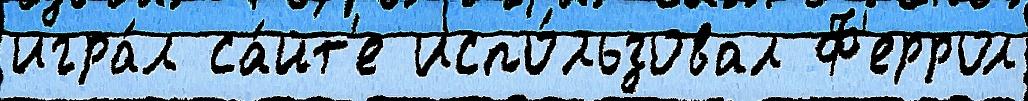
игра́л са́йт'е испо́льзовал Ф'еррол